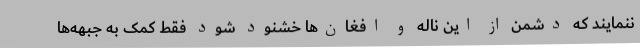
ننمایند که دشمن از این ناله و افغان‌ها خشنود شود فقط کمک به جبهه‌ها